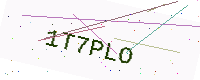
Text: 1T7PLO